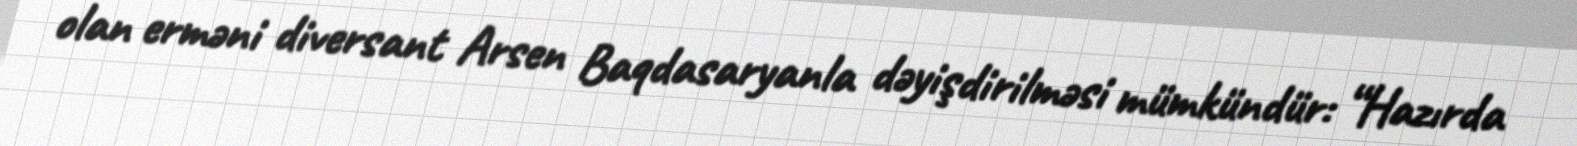
olan erməni diversant Arsen Baqdasaryanla dəyişdirilməsi mümkündür: “Hazırda